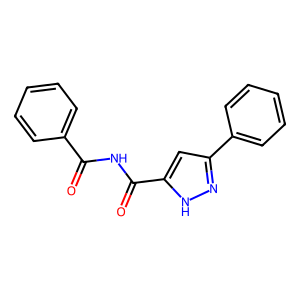
SMILES: O=C(NC(=O)c1cc(-c2ccccc2)n[nH]1)c1ccccc1
Inhibits HIV replication: No